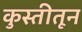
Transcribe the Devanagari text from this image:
कुस्तीतून